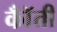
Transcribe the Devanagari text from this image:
कॉँती